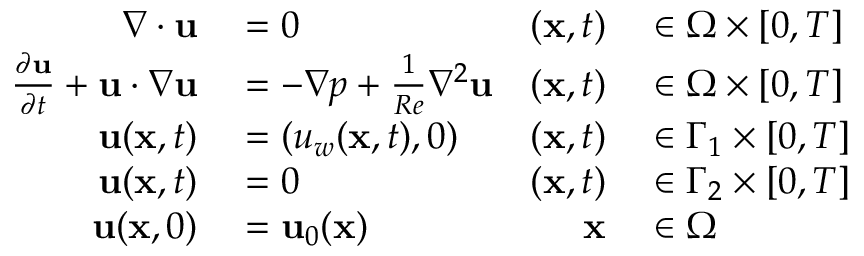
\begin{array} { r l r l } { \nabla \cdot { \mathbf { u } } } & { { } = 0 } & { ( \mathbf { x } , t ) } & { { } \in \Omega \times [ 0 , T ] } \\ { \frac { \partial \mathbf { u } } { \partial t } + { \mathbf { u } } \cdot \nabla { \mathbf { u } } } & { { } = - \nabla p + \frac { 1 } { R e } { \nabla ^ { 2 } } { \mathbf { u } } } & { ( \mathbf { x } , t ) } & { { } \in \Omega \times [ 0 , T ] } \\ { \mathbf { u } ( \mathbf { x } , t ) } & { { } = ( u _ { w } ( \mathbf { x } , t ) , 0 ) } & { ( \mathbf { x } , t ) } & { { } \in \Gamma _ { 1 } \times [ 0 , T ] } \\ { \mathbf { u } ( \mathbf { x } , t ) } & { { } = 0 } & { ( \mathbf { x } , t ) } & { { } \in \Gamma _ { 2 } \times [ 0 , T ] } \\ { \mathbf { u } ( \mathbf { x } , 0 ) } & { { } = \mathbf { u } _ { 0 } ( \mathbf { x } ) } & { \mathbf { x } } & { { } \in \Omega } \end{array}